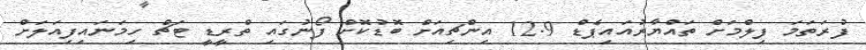
ފުރަތަމަ ފިލްމަށް ތައްޔާރުއައިޕެޑް 12.9 އިންޗިއަށް ބޮޑުކޮށް ފޯނުގައި ތްރީޑީ ޓަޗް ހިމަނައިފިއަލަށް